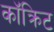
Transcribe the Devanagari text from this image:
कॉक्रिट